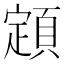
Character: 顁